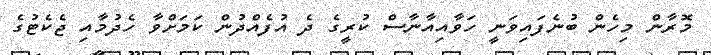
މޮރާން މިހެން ބުނެފައިވަނީ ހަވާއިއާނާސް ކުރީގެ ދެ އުފެއްދުން ކަމަށްވާ ހެދުމާއި ޖެކެޓުގެ